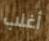
أغلب